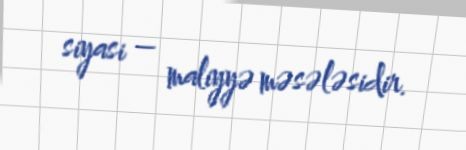
siyasi – maliyyə məsələsidir.